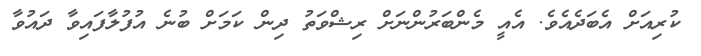
ކުރިއަށް އެބަދެއެވެ. އެއީ މެންބަރުންނަށް ރިޝްވަތު ދިން ކަމަށް ބުނެ އުފުލާފައިވާ ދައުވާ